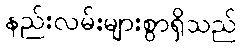
နည်းလမ်းများစွာရှိသည်